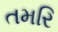
તમરિ